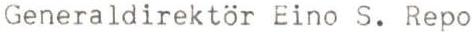
Generaldirektör Eino S. Repo